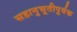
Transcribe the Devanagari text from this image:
सहानुभूतीपूर्वक